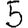
Digit: 5